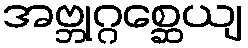
အဗ္ဘုဂ္ဂစ္ဆေယျ